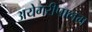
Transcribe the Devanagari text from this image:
अयेगरीपालम